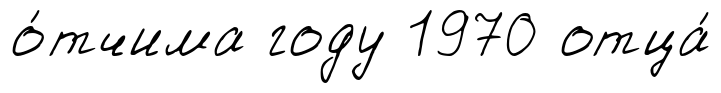
о́тчима году 1970 отца́